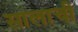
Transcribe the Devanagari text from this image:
सालाची